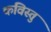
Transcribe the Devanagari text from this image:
कविस्तु